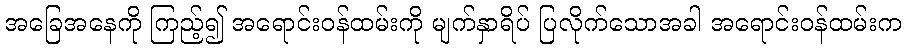
အခြေအနေကို ကြည့်၍ အရောင်းဝန်ထမ်းကို မျက်နှာရိပ် ပြလိုက်သောအခါ အရောင်းဝန်ထမ်းက